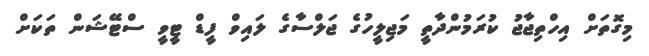
މިގޮތަށް އިހްތިޖާޖު ކުރަމުންދާތީ މަޖިލީހުގެ ޖަލްސާގެ ލައިވް ފީޑް ޓީވީ ސްޓޭޝަން ތަކަށް